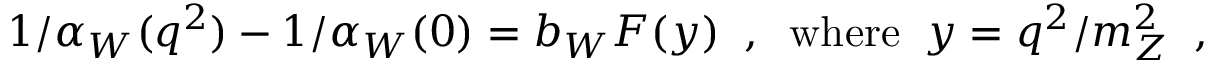
1 / \alpha _ { W } ( q ^ { 2 } ) - 1 / \alpha _ { W } ( 0 ) = b _ { W } F ( y ) \; \; , \; \; \mathrm { w h e r e } \; \; y = q ^ { 2 } / m _ { Z } ^ { 2 } \; \; ,